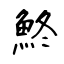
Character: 鮗